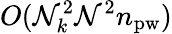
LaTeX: O(\mathcal{N}_{k}^{2}\mathcal{N}^{2}n_{\mathrm{{pw}}})